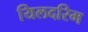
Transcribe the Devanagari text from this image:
यिलदरिम